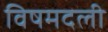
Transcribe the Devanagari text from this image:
विषमदली